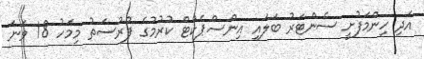
އަދި ހިންމަފުށީ ސެންޓަރު ބަލައި އިންސްޕެކްޓް ކުރުމުގެ ފުރުސަތު މިމަހު 18 ވަނަ